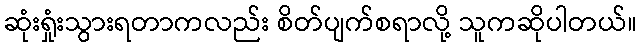
ဆုံးရှုံးသွားရတာကလည်း စိတ်ပျက်စရာလို့ သူကဆိုပါတယ်။